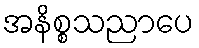
အနိစ္စသညာပေ